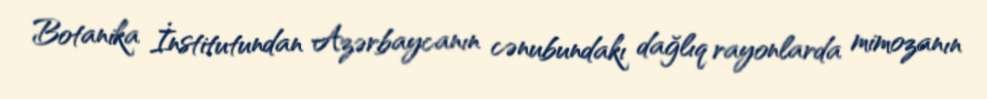
Botanika İnstitutundan Azərbaycanın cənubundakı dağlıq rayonlarda mimozanın